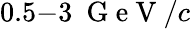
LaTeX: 0.5{-}3~\mathrm{~G~e~V~}/c